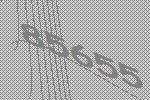
85655